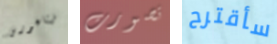
فيثاغورس تصورت سأقترح